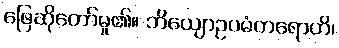
ဖြေဆိုတော်မူ၏။ ဘိယျောဥပမံကရောဟိ၊